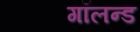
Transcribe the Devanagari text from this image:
गॉलन्ड